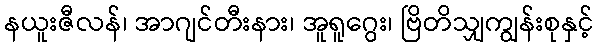
နယူးဇီလန်၊ အာဂျင်တီးနား၊ အူရူဂွေး၊ ဗြိတိသျှကျွန်းစုနှင့်